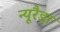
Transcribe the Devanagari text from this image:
न्यूरैडा